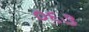
૦૬૩